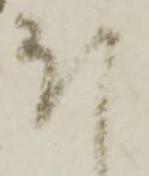
ほ